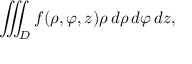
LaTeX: \iiint _ { D } f ( \rho , \varphi , z ) \rho \, d \rho \, d \varphi \, d z ,